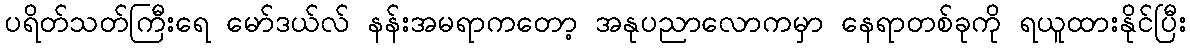
ပရိတ်သတ်ကြီးရေ မော်ဒယ်လ် နန်းအမရာကတော့ အနုပညာလောကမှာ နေရာတစ်ခုကို ရယူထားနိုင်ပြီး